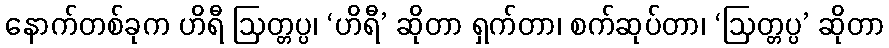
နောက်တစ်ခုက ဟိရီ ဩတ္တပ္ပ၊ ‘ဟိရီ’ ဆိုတာ ရှက်တာ၊ စက်ဆုပ်တာ၊ ‘ဩတ္တပ္ပ’ ဆိုတာ